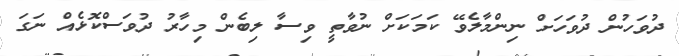
ދުވަހުން ދުވަހަށް ނިންމާލެވޭ ކަމަކަށް ނުވާތީ ވިސާ ލިބެން މިހާރު ދުވަސްކޮޅެއް ނަގަ